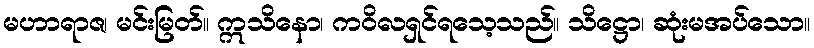
မဟာရာဇ၊ မင်းမြတ်။ ဣသိနော၊ ကဝိလရှင်ရသေ့သည်။ သိဋ္ဌော၊ ဆုံးမအပ်သော။